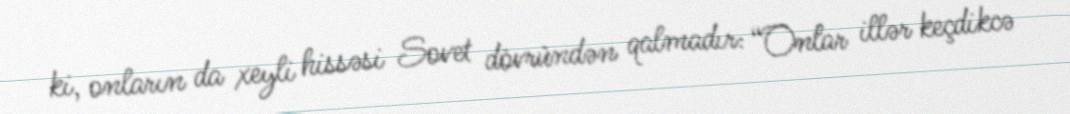
ki, onların da xeyli hissəsi Sovet dövründən qalmadır: “Onlar illər keçdikcə